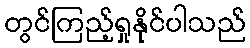
တွင်ကြည့်ရှုနိုင်ပါသည်